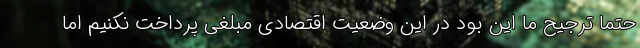
حتما ترجیح ما این بود در این وضعیت اقتصادی مبلغی پرداخت نکنیم اما